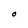
Character: O